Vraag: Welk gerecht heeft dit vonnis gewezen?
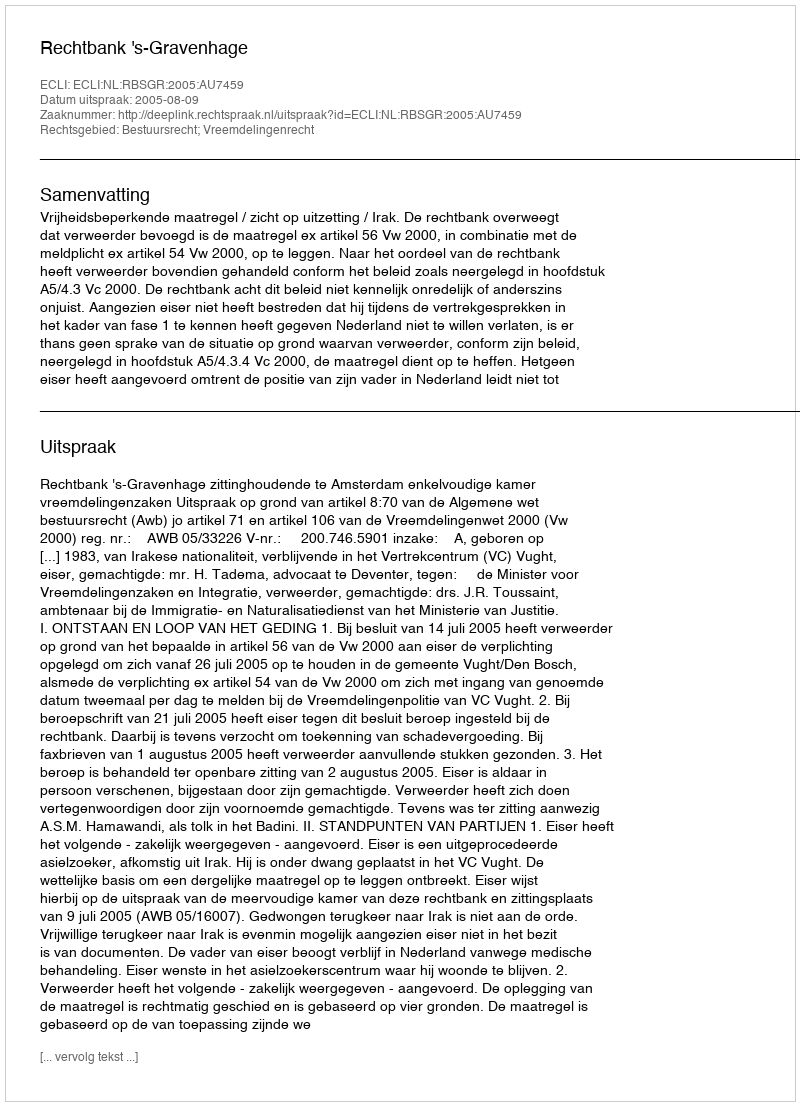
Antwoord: Rechtbank 's-Gravenhage